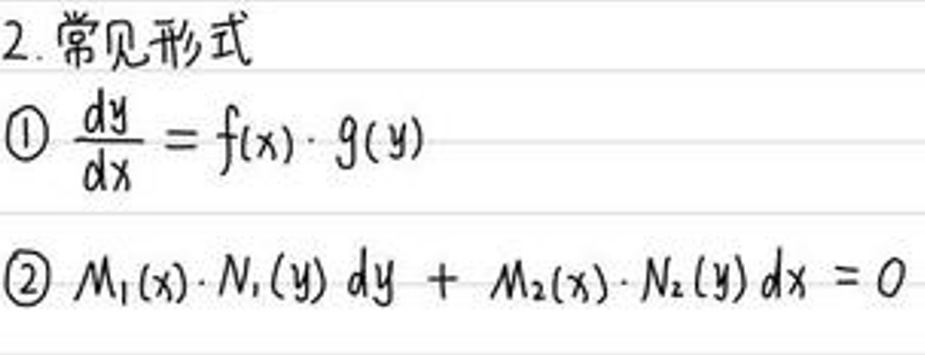
2.常见形式

\(\textcircled{1}\frac{dy}{dx}=f(x)\cdot g(y)\)

\(\textcircled{2}M_1(x)\cdot N_1(y)dy + M_2(x)\cdot N_2(y)dx = 0\)